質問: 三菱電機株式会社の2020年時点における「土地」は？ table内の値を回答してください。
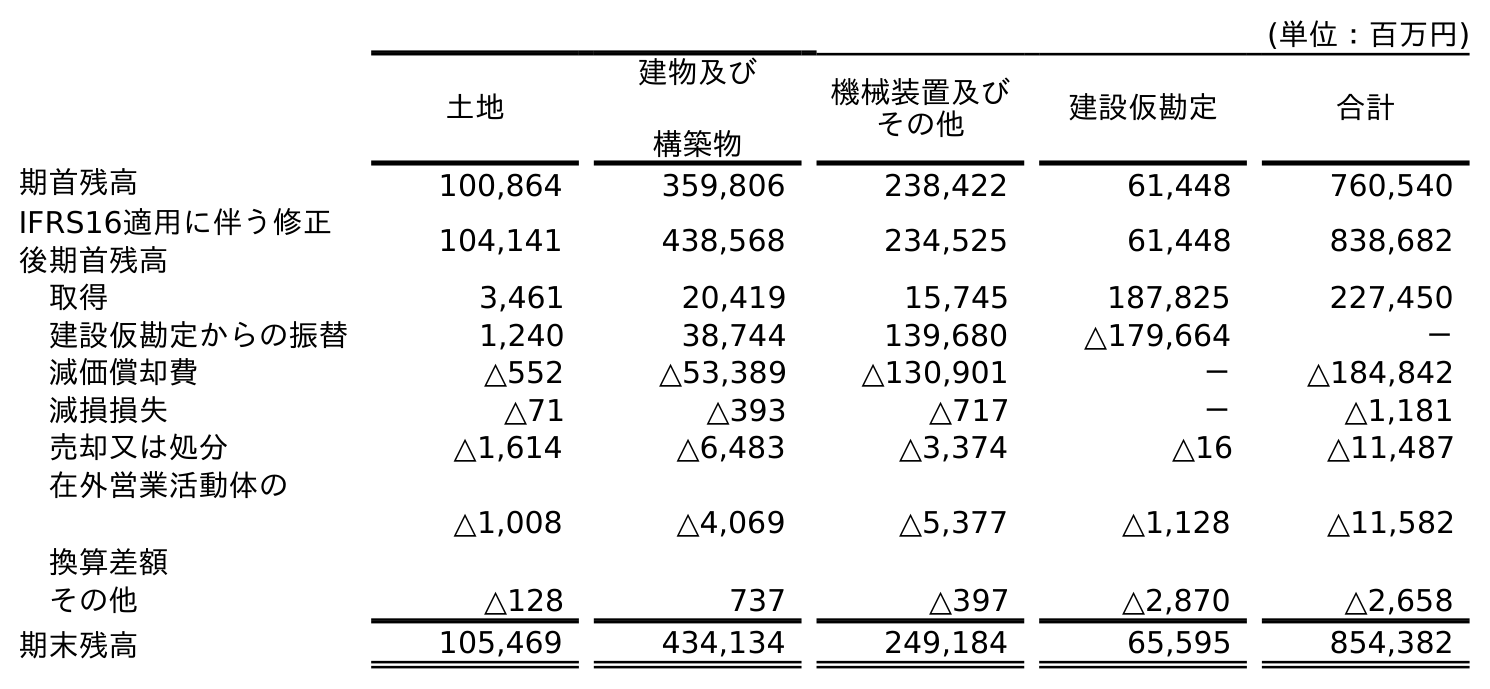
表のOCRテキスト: (単位：百万円) 土地 建物及び 構築物 機械装置及び その他 建設仮勘定 合計 期首残高 100,864 359,806 238,422 61,448 760,540 IFRS16適用に伴う修正 後期首残高 104,141 438,568 234,525 61,448 838,682 取得 3,461 20,419 15,745 187,825 227,450 建設仮勘定からの振替 1,240 38,744 139,680 △179,664 － 減価償却費 △552 △53,389 △130,901 － △184,842 減損損失 △71 △393 △717 － △1,181 売却又は処分 △1,614 △6,483 △3,374 △16 △11,487 在外営業活動体の 換算差額 △1,008 △4,069 △5,377 △1,128 △11,582 その他 △128 737 △397 △2,870 △2,658 期末残高 105,469 434,134 249,184 65,595 854,382
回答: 105,469